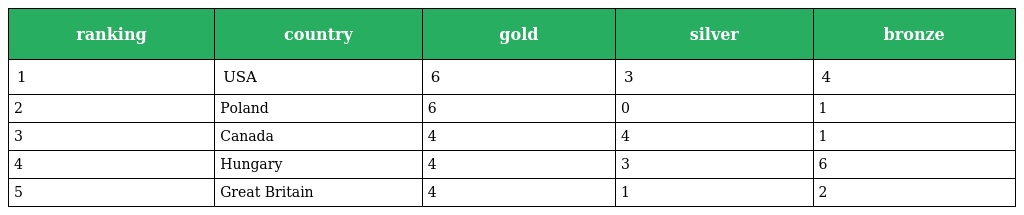
| ranking | country | gold | silver | bronze |
 | --- | --- | --- | --- | --- |
 | 1 | USA | 6 | 3 | 4 |
 | 2 | Poland | 6 | 0 | 1 |
 | 3 | Canada | 4 | 4 | 1 |
 | 4 | Hungary | 4 | 3 | 6 |
 | 5 | Great Britain | 4 | 1 | 2 |